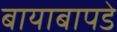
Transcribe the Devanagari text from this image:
बायाबापडे